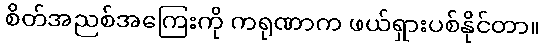
စိတ်အညစ်အကြေးကို ကရုဏာက ဖယ်ရှားပစ်နိုင်တာ။